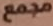
مجمع